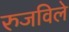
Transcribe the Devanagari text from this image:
रुजविले